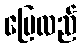
ပြေလည်